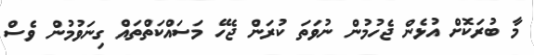
މާ ބުރަކޮށް އުޅެން ޖެހުމުން ނުވަތަ ކުރަން ޖެހޭ މަސައްކަތްތައް ގިނަވުމުން ވެސް